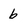
Character: b